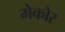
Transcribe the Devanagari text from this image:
मेकोर